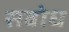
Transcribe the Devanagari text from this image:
सबोध